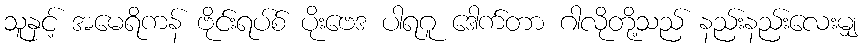
သူနှင့် အမေရိကန် ဗိုင်းရပ်စ် ပိုးဗေဒ ပါရဂူ ဒေါက်တာ ဂါလိုတို့သည် နည်းနည်းလေးမျှ